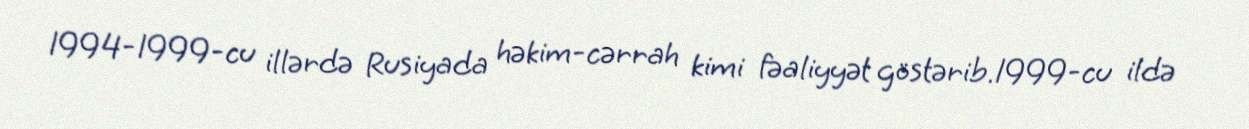
1994-1999-cu illərdə Rusiyada həkim-cərrah kimi fəaliyyət göstərib.1999-cu ildə